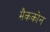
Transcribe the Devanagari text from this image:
मैककोन